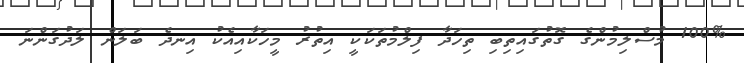
100% މުސްލިމުންގެ ގޮތުގައިތިބި ތިހަދާ ފިލްމުތަކަކީ އިތުރު މީހަކާއިއެކު އިނދެ ބަލަން ލަދުގަންނަ